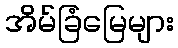
အိမ်ခြံမြေများ